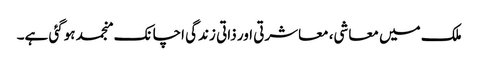
ملک میں معاشی، معاشرتی اور ذاتی زندگی اچانک منجمد ہوگئی ہے۔